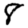
Digit: 8